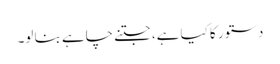
دستور کا کیا ہے، جتنے چاہے بنا لو۔